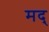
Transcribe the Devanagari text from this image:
मद्